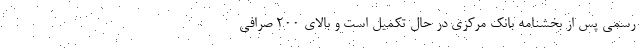
رسمی پس از بخشنامه بانک مرکزی در حال تکمیل است و بالای ۲۰۰ صرافی‌